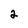
Character: 2